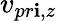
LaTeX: v_{pr\mathbf{i},z}